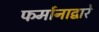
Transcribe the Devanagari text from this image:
फर्मानाद्वारे